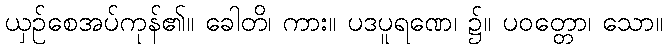
ယှဉ်စေအပ်ကုန်၏။ ခေါတိ၊ ကား။ ပဒပူရဏေ၊ ၌။ ပဝတ္တော၊ သော။